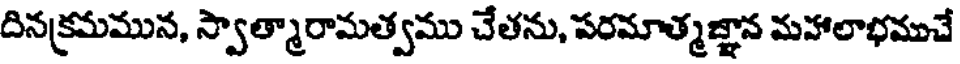
దినక్రమమున, స్వాత్మారామత్వము చేతను, పరమాత్మజ్ఞాన మహాలాభముచే